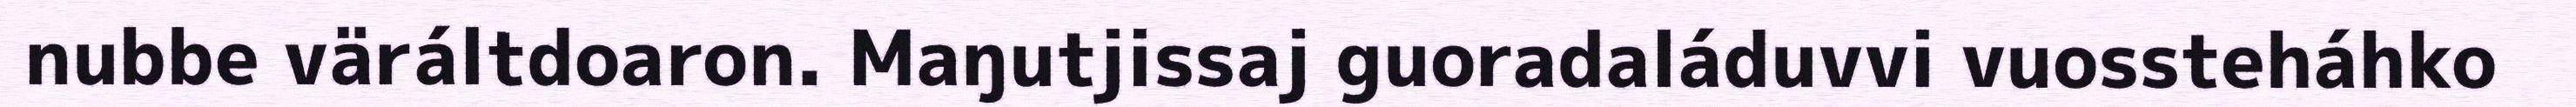
nubbe väráltdoaron. Maŋutjissaj guoradaláduvvi vuossteháhko